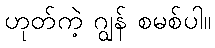
ဟုတ်ကဲ့ ဂျွန် စမစ်ပါ။